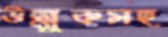
উল্লুকসহ